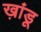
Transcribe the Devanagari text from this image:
ख़ांडू